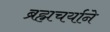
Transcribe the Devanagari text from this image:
ब्रह्मचर्याने